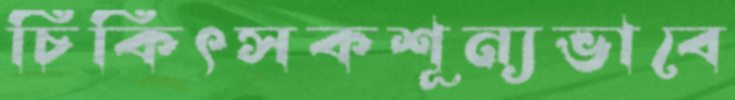
চিকিৎসকশূন্যভাবে